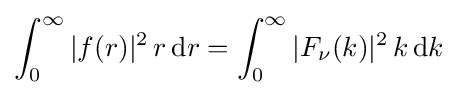
\int _{0}^{\infty }|f(r)|^{2}\,r\,\mathrm {d} r=\int _{0}^{\infty }|F_{\nu }(k)|^{2}\,k\,\mathrm {d} k